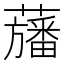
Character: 𮒳